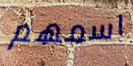
اسمهم